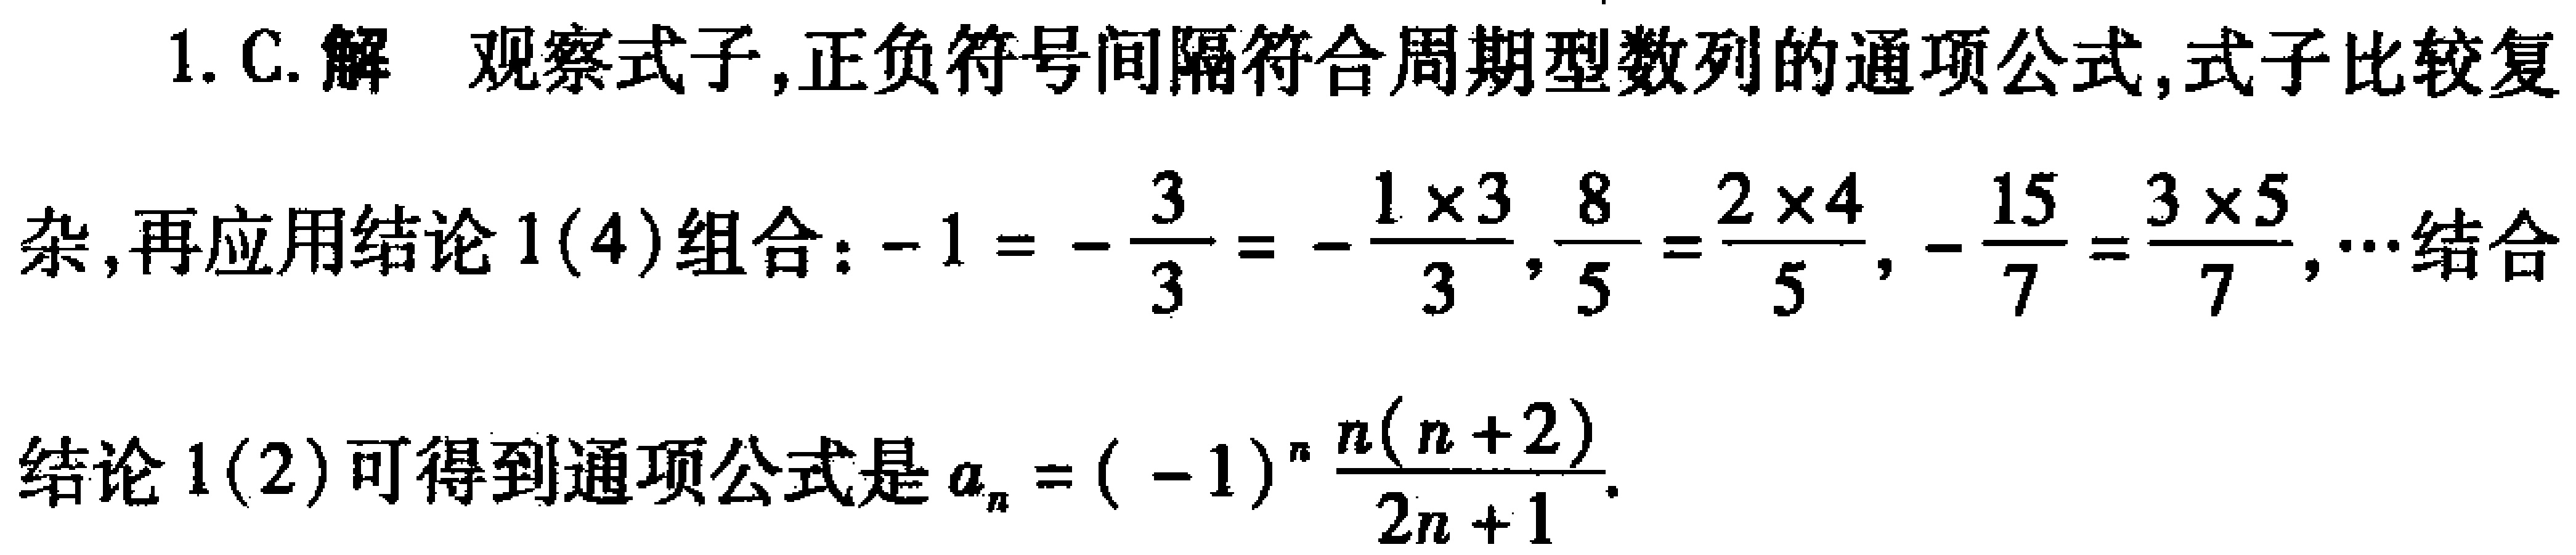
1. C. 解 观察式子,正负符号间隔符合周期型数列的通项公式,式子比较复
杂,再应用结论1(4)组合：\(-1 = -\frac{3}{3}=-\frac{1\times3}{3},\frac{8}{5}=\frac{2\times4}{5},-\frac{15}{7}=\frac{3\times5}{7},\cdots\)结合
结论1(2)可得到通项公式是\(a_{n}=(-1)^{n}\frac{n(n + 2)}{2n + 1}\).